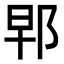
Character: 𨚰